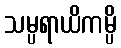
သမ္ပရာယိကမ္ပိ